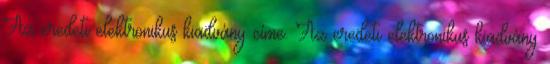
Az eredeti elektronikus kiadvány címe. Az eredeti elektronikus kiadvány